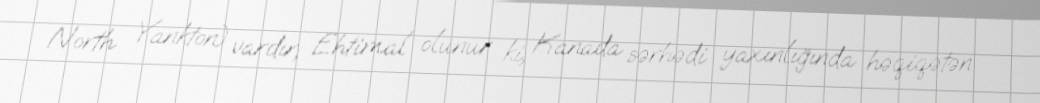
North Yankton) vardır; Ehtimal olunur ki, Kanada sərhədi yaxınlığında həqiqətən